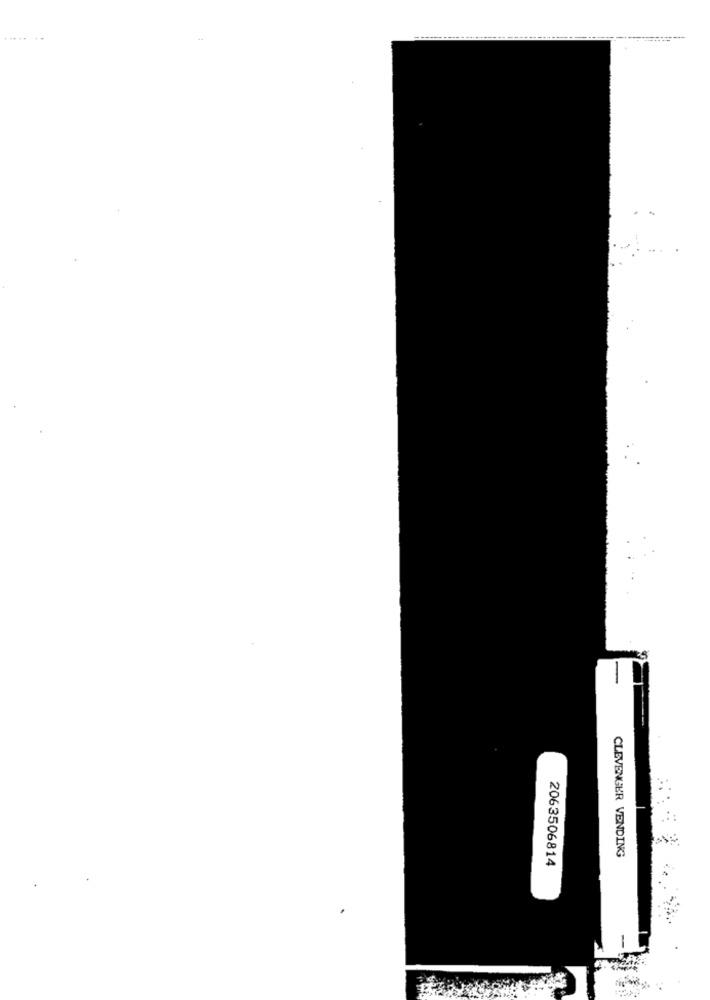
CLEVENGER VENDING
2063506814